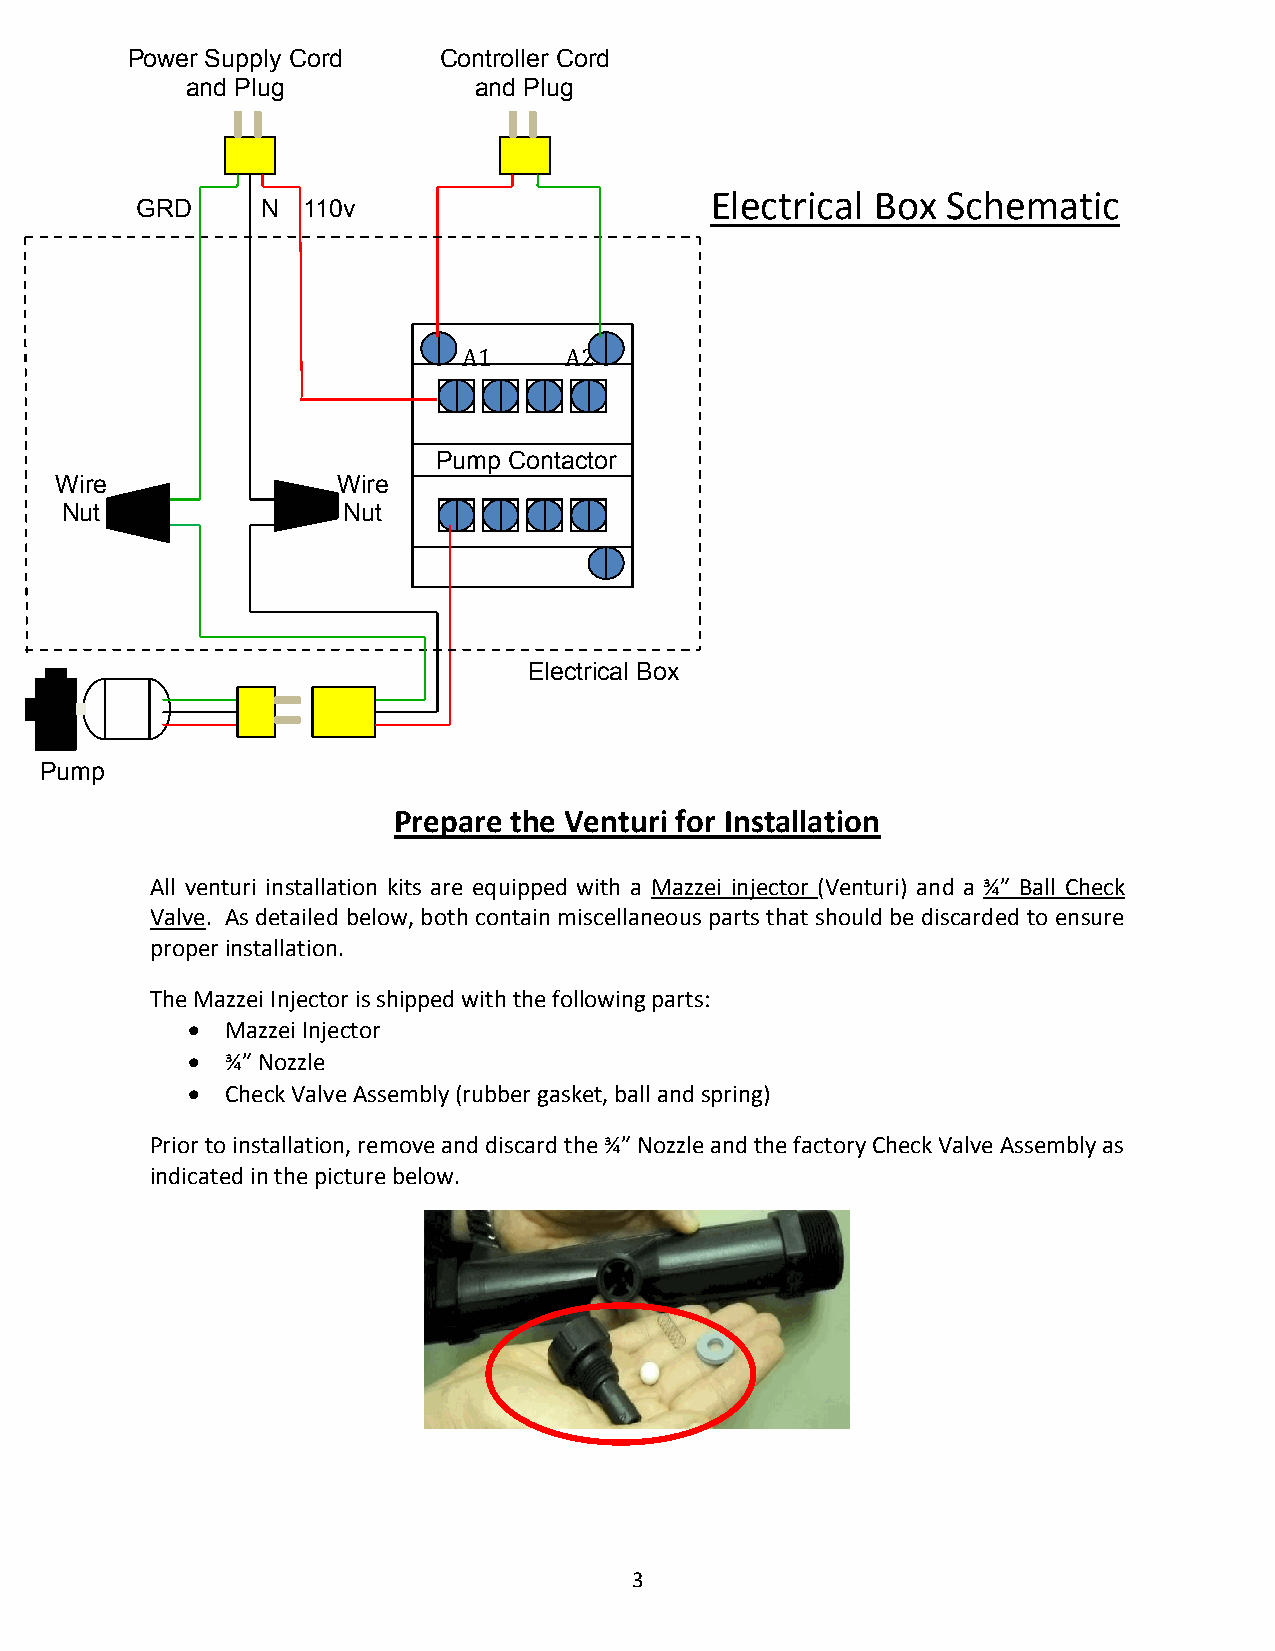
Power Supply Cord    Controller Cord
 and Plug           and Plug
 Electrical Box  Schematic
 G R D   N  1 1 0 v
 A1    A2
 Pump Contactor
 Wire              Wire
 Nut                Nut
 Electrical Box
 Pump
 Prepare the Venturi for Installation
 All venturi installation kits are equipped with a Mazzei injector (Venturi) and a ¾” Ball Check
 Valve. As detailed below, both contain miscellaneous parts that should be discarded to ensure
 proper installation.
 The Mazzei Injector is shipped with the following parts:
   Mazzei Injector
   ¾” Nozzle
   Check Valve Assembly (rubber gasket, ball and spring)
 Prior to installation, remove and discard the ¾” Nozzle and the factory Check Valve Assembly as
 indicated in the picture below.
 3